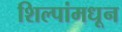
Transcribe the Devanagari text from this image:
शिल्पांमधून